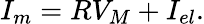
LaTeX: {{I_{m}}}=R{{V}_{{M}}}+I_{el}.